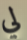
لي